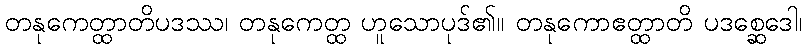
တနုကေတ္ထာတိပဒဿ၊ တနုကေတ္ထ ဟူသောပုဒ်၏။ တနုကောဧတ္ထာတိ ပဒစ္ဆေဒေါ၊